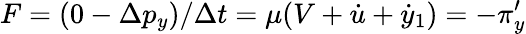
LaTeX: F=(0-\Delta p_{y})/\Delta t=\mu(V+\dot{u}+\dot{y}_{1})=-\pi_{y}^{\prime}